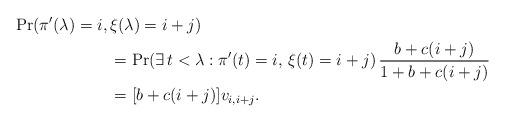
LaTeX: \begin{align*}\Pr(\pi'(\lambda)=i,\, &\xi(\lambda) = i + j )\\&=\Pr( \exists \, t < \lambda : \pi'(t) = i, \, \xi(t) =i+ j )\,\frac{b + c(i+j)}{1 + b + c(i+j)}\\&=[b + c(i+j)]v_{i,i+j}.\end{align*}